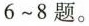
6~8题。